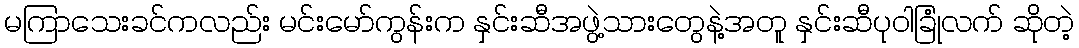
မကြာသေးခင်ကလည်း မင်းမော်ကွန်းက နှင်းဆီအဖွဲ့သားတွေနဲ့အတူ နှင်းဆီပုဝါခြုံလက် ဆိုတဲ့